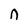
Character: n